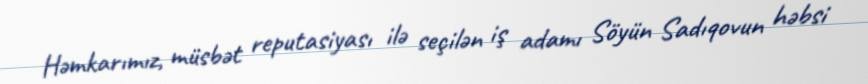
Həmkarımız, müsbət reputasiyası ilə seçilən iş adamı Söyün Sadıqovun həbsi